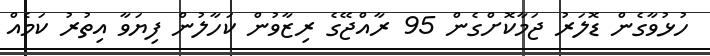
ހުޅުވާގެން ޑޮލަރު ޖަމާކޮށްގެން 95 ރާއްޖޭގެ ރިޒާވުން ކަހާލުން ފިޔަވާ އިތުރު ކަމެއް